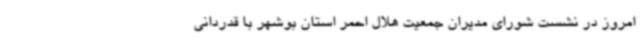
امروز در نشست شورای مدیران جمعیت هلال احمر استان بوشهر با قدردانی